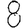
Digit: 8